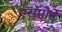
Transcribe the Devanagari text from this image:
एसपोर्टे